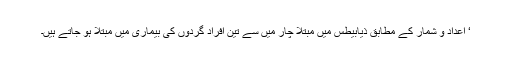
‘ اعداد و شمار کے مطابق ذیابیطس میں مبتلا چار میں سے تین افراد گردوں کی بیماری میں مبتلا ہو جاتے ہیں۔